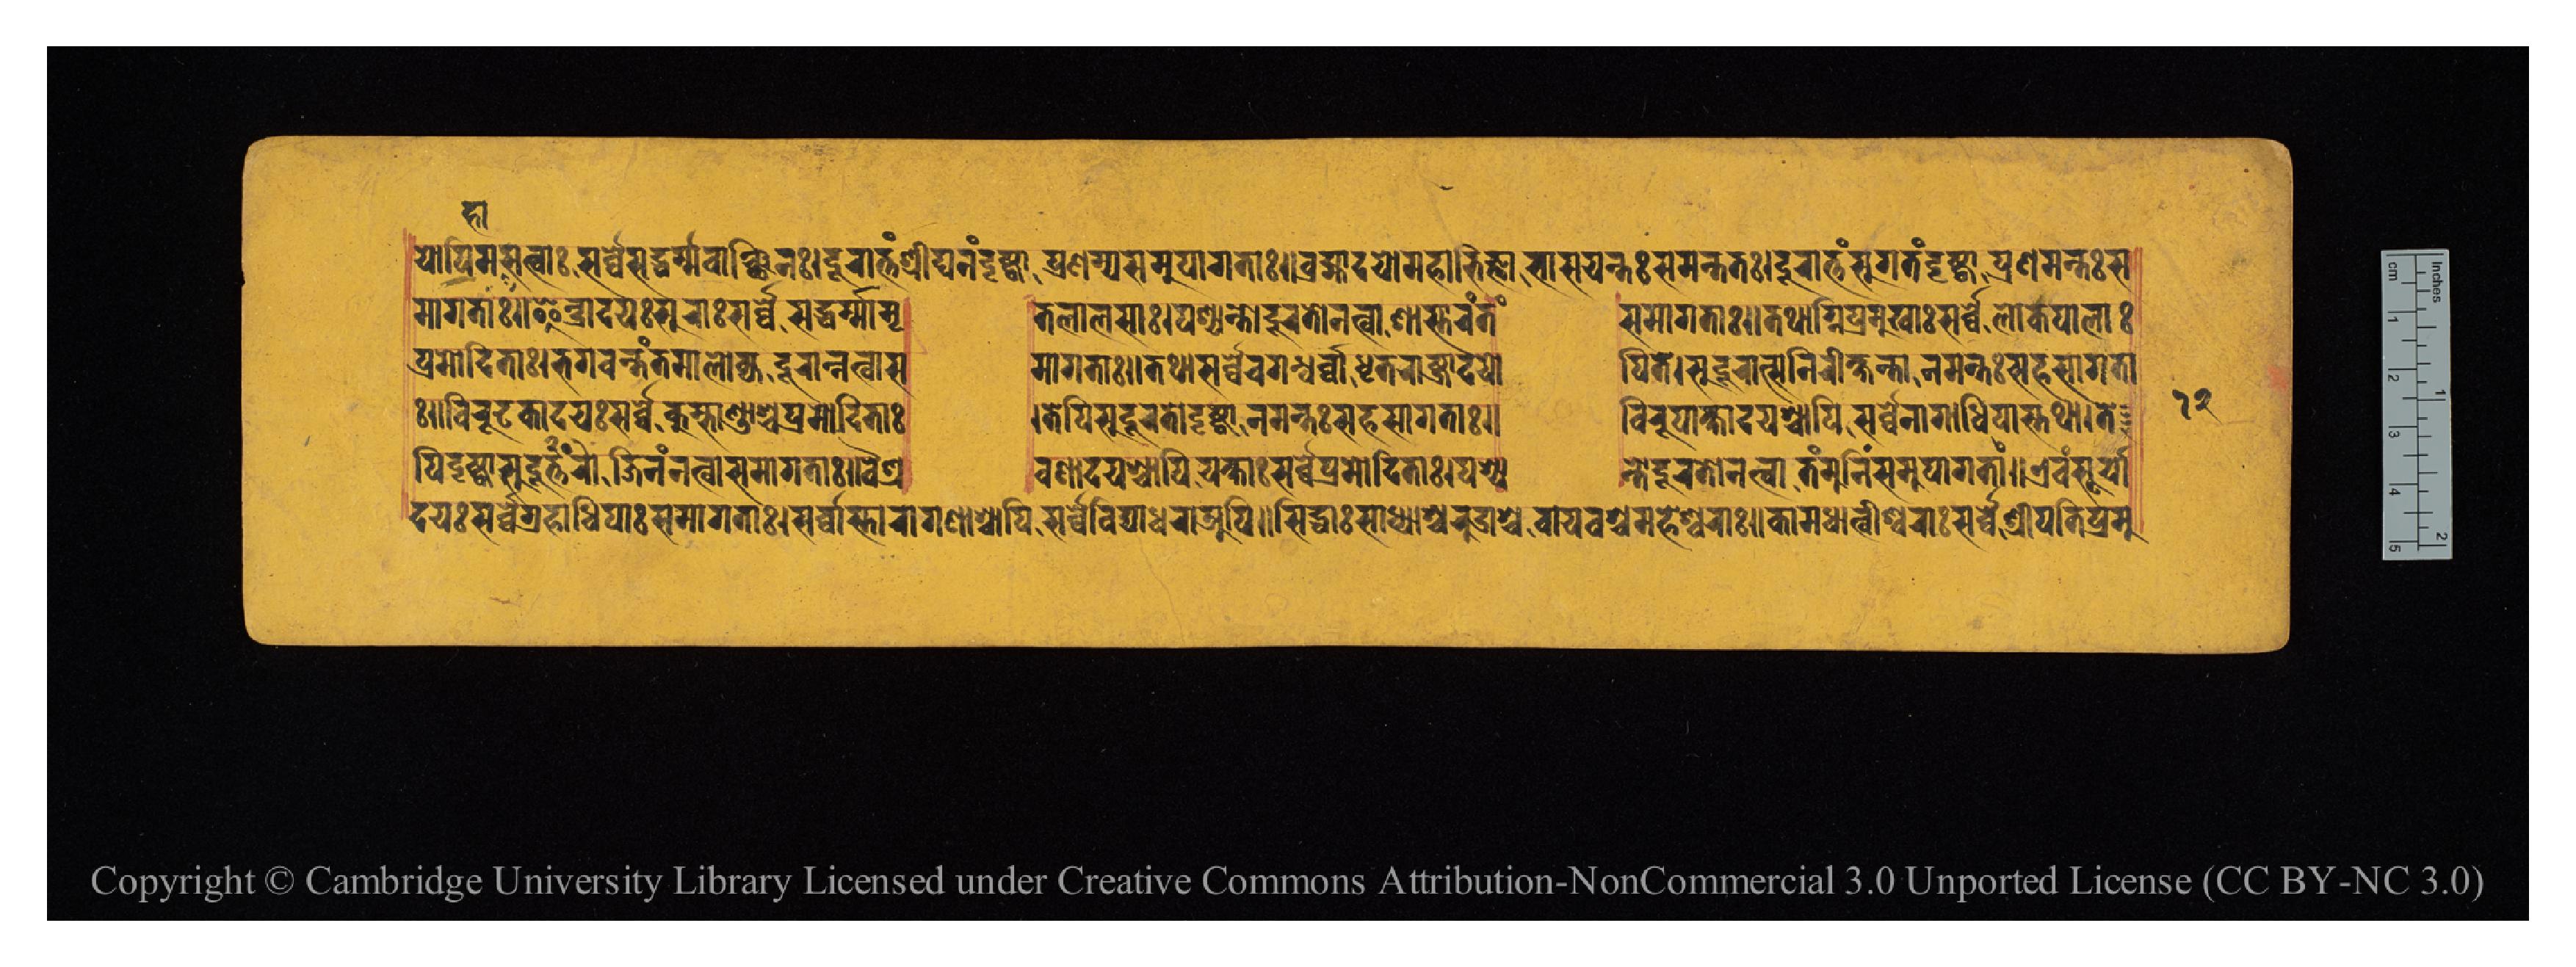
𑐫𑑀𑐥𑐶𑐩𑐴𑐵𑐳𑐟𑑂𑐰𑐵𑑅𑐳𑐬𑑂𑐰𑑂𑐰𑐾𑐳𑐡𑑂𑐢𑐬𑑂𑐩𑑂𑐩𑐰𑐵𑐘𑑂𑐕𑐶𑐣𑑅𑑋𑐡𑐸𑐬𑐵𑐟𑑂𑐟𑑄𑐱𑑂𑐬𑐷𑐑𑐣𑑄𑐡𑐺𑐲𑑂𑐚𑑂𑐰𑐵𑐥𑑂𑐬𑐞𑐩𑑂𑐫𑐳𑐩𑐸𑐥𑐵𑐐𑐟𑐵𑑅𑑌𑐧𑑂𑐬𑐴𑑂𑐩𑐵𑐡𑐫𑑀𑐩𑐴𑐵𑐨𑐶𑐖𑑂𑐘𑐵𑐨𑐵𑐳𑐫𑐣𑑂𑐟𑑅𑐳𑐩𑐣𑑂𑐟𑐟𑑅𑑋𑐡𑐹𑐬𑐵𑐟𑑂𑐟𑑄𑐳𑐸𑐐𑐟𑑄𑐡𑐺𑐚𑑂𑐰𑐵𑐥𑑂𑐬𑐞𑐩𑐣𑑂𑐟𑑅𑐳 𑐩𑐵𑐐𑐟𑐵𑑅𑑌𑐂𑐣𑑂𑐡𑑂𑐬𑐵𑐡𑐫𑑅𑐳𑐸𑐬𑐵𑑅𑐳𑐬𑑂𑐰𑑂𑐰𑐾𑐢𑐬𑑂𑐩𑐵𑐩𑐺  𑐟𑐮𑐵𑐮𑐳𑐵𑑅𑑋𑐥𑐱𑑂𑐫𑐣𑑂𑐟𑑀𑐡𑐹𑐬𑐟𑑀𑐣𑐟𑑂𑐰𑐵𑐱𑐵𑐳𑑂𑐟𑐵𑐬𑑄𑐟𑑄  𑐳𑐩𑐵𑐐𑐟𑐵𑑅𑑋𑐟𑐠𑐵𑐐𑑂𑐣𑐶𑐥𑑂𑐬𑐩𑐸𑐏𑐵𑑅𑐳𑐬𑑂𑐰𑑂𑐰𑐾𑐮𑑀𑐎𑐥𑐵𑐮𑐵𑑅 𑐥𑑂𑐬𑐩𑑀𑐡𑐶𑐟𑐵𑑅𑑋𑐨𑐐𑐰𑐣𑑂𑐟𑑄𑐳𑐩𑐵𑐮𑑀𑐎𑑂𑐫𑐡𑐹𑐬𑐣𑑂𑐣𑐟𑑂𑐰𑐵𑐳  𑐩𑐵𑐐𑐟𑐵𑑅𑑋𑐟𑐠𑐵𑐳𑐬𑑂𑐰𑑂𑐰𑐾𑐔𑐐𑐣𑑂𑐢𑐬𑑂𑐰𑑂𑐰𑐵𑐢𑐺𑐟𑐬𑐵𑐲𑑂𑐚𑑂𑐬𑐵𑐡𑐫𑑀  𑐥𑐶𑐟𑐾𑑋𑐳𑐸𑐡𑐹𑐬𑐵𑐟𑑂𑐳𑐣𑐶𑐬𑐷𑐎𑑂𑐲𑐵𑐣𑑂𑐟𑐵𑐣𑐩𑐣𑑂𑐟𑑅𑐳𑐴𑐳𑐵𑐐𑐟𑐵 𑑅𑑌𑐰𑐶𑐬𑐸𑐝𑐎𑐵𑐡𑐫𑑅𑐳𑐬𑑂𑐰𑑂𑐰𑐾𑐎𑐸𑐩𑑂𑐨𑐵𑐞𑑂𑐜𑐵𑐱𑑂𑐔𑐥𑑂𑐬𑐩𑑀𑐡𑐶𑐟𑐵𑑅  𑑋𑐟𑐾𑐥𑐶𑐳𑐸𑐡𑐹𑐬𑐟𑑀𑐡𑐺𑐲𑑂𑐚𑑂𑐰𑐵𑐣𑐩𑐣𑑂𑐟𑑅𑐳𑐴𑐳𑐵𑐐𑐟𑐵𑑅𑑌  𑐰𑐶𑐬𑐸𑐥𑐵𑐎𑑂𑐲𑐵𑐡𑐫𑐱𑑂𑐔𑐵𑐥𑐶𑐳𑐬𑑂𑐰𑑂𑐰𑐣𑐵𑐐𑐵𑐢𑐶𑐥𑐵𑐳𑑂𑐟𑐠𑐵𑑋𑐟𑐾 𑐥𑐶𑐡𑐺𑐲𑑂𑐚𑑂𑐰𑐵𑐳𑐸𑐡𑐹𑐬𑐵𑐟𑑂𑐟𑑄𑐖𑐶𑐣𑐞𑑂𑐳𑐩𑐵𑐐𑐟𑐵𑑅𑑌𑐰𑐿𑐱𑑂𑐬  𑐰𑐞𑐵𑐡𑐫𑐱𑑂𑐔𑐵𑐥𑐶𑐫𑐎𑑂𑐲𑐵𑑅𑐳𑐬𑑂𑐰𑑂𑐰𑐥𑑂𑐬𑐩𑑀𑐡𑐶𑐟𑐵𑑅𑑋𑐥𑐱𑑂𑐫  𑐣𑑂𑐟𑑀𑐡𑐹𑐬𑐟𑑀𑐣𑐟𑑂𑐰𑐵𑐟𑑄𑐩𑐸𑐣𑐶𑑄𑐳𑐩𑐸𑐥𑐵𑐐𑐟𑐵𑑅𑑋𑐊𑐰𑑄𑐳𑐹𑐬𑑂𑐫𑐵 𑐡𑐫𑑅𑐳𑐬𑑂𑐰𑑂𑐰𑐾𑐐𑑂𑐬𑐴𑐵𑐢𑐶𑐥𑐵𑑅𑐳𑐩𑐵𑐐𑐟𑐵𑑅𑑋𑐳𑐬𑑂𑐰𑑂𑐰𑐵𑐳𑑂𑐟𑐵𑐬𑐵𑐐𑐞𑐵𑐱𑑂𑐔𑐵𑐥𑐶𑐳𑐬𑑂𑐰𑑂𑐰𑐾𑐰𑐶𑐢𑐵𑐢𑐬𑐵𑐀𑐥𑐶𑑌𑐳𑐶𑐡𑑂𑐢𑐵𑑅𑐳𑐵𑐢𑑂𑐫𑐵𑐱𑑂𑐔𑐬𑐸𑐡𑑂𑐬𑐵𑐱𑑂𑐔𑐰𑐵𑐫𑐰𑐱𑑂𑐔𑐩𑐴𑐾𑐱𑑂𑐰𑐬𑐵𑑅𑑋𑐎𑐵𑐩𑐢𑐵𑐟𑑂𑐰𑐷𑐱𑑂𑐰𑐬𑐵𑑅𑐳𑐬𑑂𑐰𑑂𑐰𑐾𑐱𑑂𑐬𑐷𑐥𑐟𑐶𑐥𑑂𑐬𑐩𑐸 𑑑𑑒